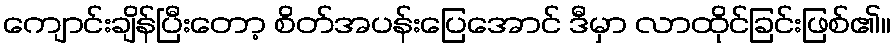
ကျောင်းချိန်ပြီးတော့ စိတ်အပန်းပြေအောင် ဒီမှာ လာထိုင်ခြင်းဖြစ်၏။